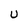
Character: U